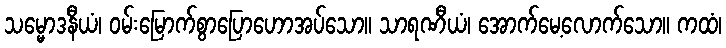
သမ္မောဒနီယံ၊ ဝမ်းမြောက်စွာပြောဟောအပ်သော။ သာရဏီယံ၊ အောက်မေ့လောက်သော။ ကထံ၊